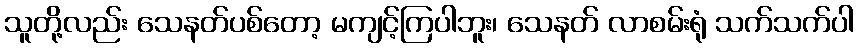
သူတို့လည်း သေနတ်ပစ်တော့ မကျင့်ကြပါဘူး၊ သေနတ် လာစမ်းရုံ သက်သက်ပါ